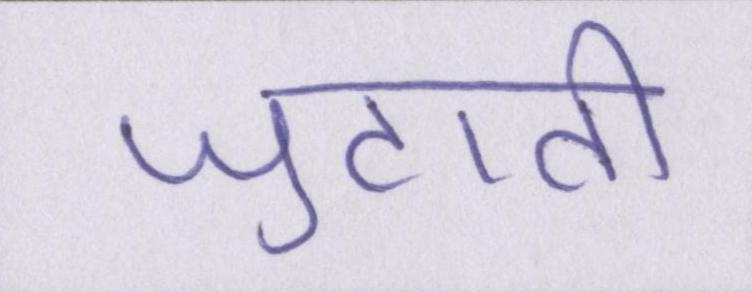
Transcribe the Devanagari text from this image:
जुटाती